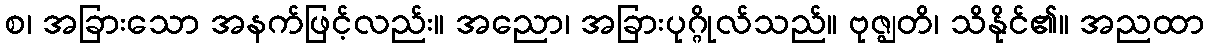
စ၊ အခြားသော အနက်ဖြင့်လည်း။ အညော၊ အခြားပုဂ္ဂိုလ်သည်။ ဗုဇ္ဈတိ၊ သိနိုင်၏။ အညထာ